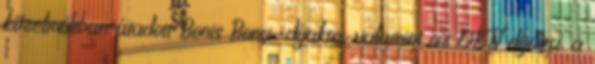
közelmúltban átadott Bonis Bona-díjakra, valamint az OKTV díjaira, a